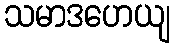
သမာဒဟေယျ